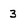
Character: 3